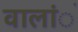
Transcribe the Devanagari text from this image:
वालांे